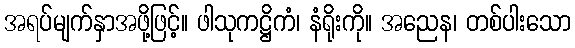
အရပ်မျက်နှာအဖို့ဖြင့်။ ဖါသုကဋ္ဌိကံ၊ နံရိုးကို။ အညေန၊ တစ်ပါးသော